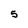
Character: 5